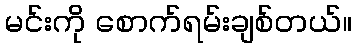
မင်းကို စောက်ရမ်းချစ်တယ်။